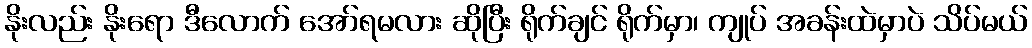
နိုးလည်း နိုးရော ဒီလောက် အော်ရမလား ဆိုပြီး ရိုက်ချင် ရိုက်မှာ၊ ကျုပ် အခန်းထဲမှာပဲ သိပ်မယ်